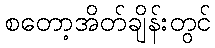
စတော့အိတ်ချိန်းတွင်